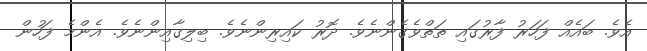
އެވެ. ބައެއް ފަހަރު ފާރުގައި ތަތްވެގެންނެވެ. ދޮރު ކައިރިންނެވެ. ބިލިގާއިންނެވެ. އެންމެ ފަހުން